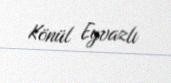
Könül Eyvazlı